画像に写った文字を読んでください
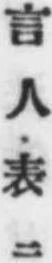
「言人表ニ」と書いてあります